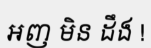
អញ មិន ដឹង !